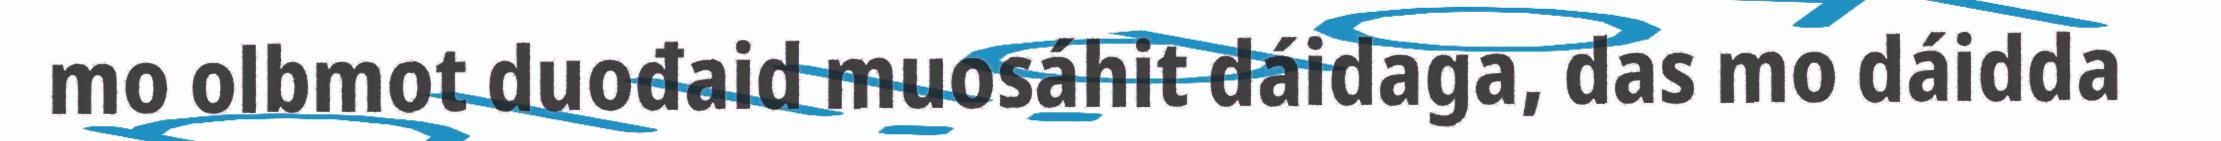
mo olbmot duođaid muosáhit dáidaga, das mo dáidda